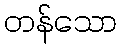
တန်သော